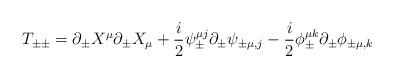
LaTeX: \begin{align*}T_{\pm\pm}=\partial_{\pm}X^{\mu}\partial_{\pm}X_{\mu}+\frac{i}{ 2}\psi^{\mu j}_{\pm}\partial_{\pm} \psi_{\pm\mu,j }- \frac{i}{2}\phi_{\pm}^{\mu k}\partial_{\pm}\phi_{\pm\mu,k}\end{align*}